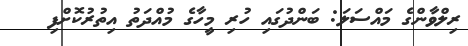
ރިލްވާންގެ މައްސަލަ: ބަންދުގައި ހުރި މީހާގެ މުއްދަތު އިތުރުކޮށްފި